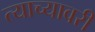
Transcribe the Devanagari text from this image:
त्याच्यावरी